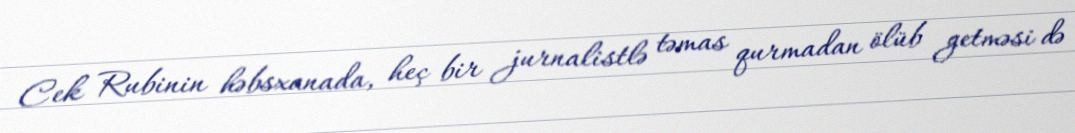
Cek Rubinin həbsxanada, heç bir jurnalistlə təmas qurmadan ölüb getməsi də